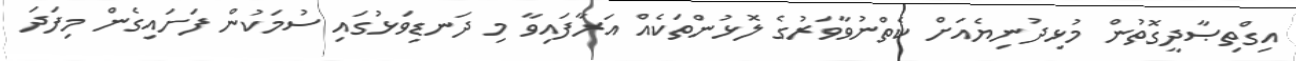
އިގްތިޞާދީގޮތުން މުޅިދުނިޔެއަށް ކެތްނުވާވަރުގެ ލޮޅުންތަކެއް އަރާފައިވާ މި ދަނޑިވަޅުގައި ސުމަކުން ފަށައިގެން މިފަދަ